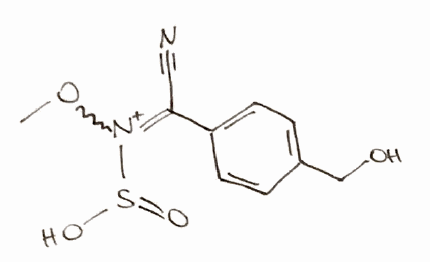
Simplified molecular-input line-entry system (SMILES) notation of the given molecule:
CO[N+](=C(C#N)C1=CC=C(C=C1)CO)S(=O)O